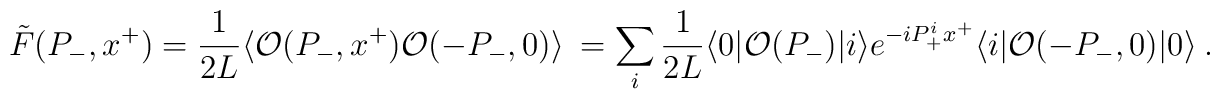
\tilde{F}(P_-,x^+) = {1 \over 2 L} \langle {\cal O}(P_-,x^+) {\cal O}(-P_-,0) \rangle\ =\sum_i {1 \over 2 L} \langle 0| {\cal O}(P_-) | i\rangle e^{-i P_+^i x^+} \langle i|  {\cal O}(-P_-,0) |0 \rangle\ .